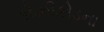
કોઝીકોડના